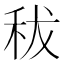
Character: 秡